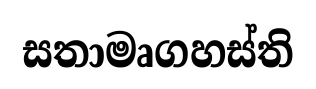
සතාමෘගහස්ති